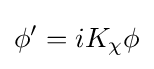
\phi '=iK_{\chi }\phi